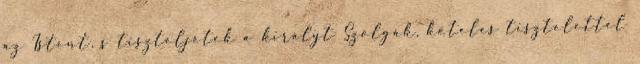
az Istent, s tiszteljétek a királyt Szolgák, köteles tisztelettel